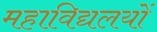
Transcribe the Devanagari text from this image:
महाविद्यलयों